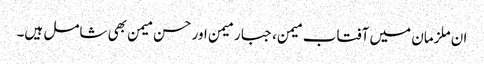
ان ملزمان میں آفتاب میمن، جبار میمن اور حسن میمن بھی شامل ہیں۔